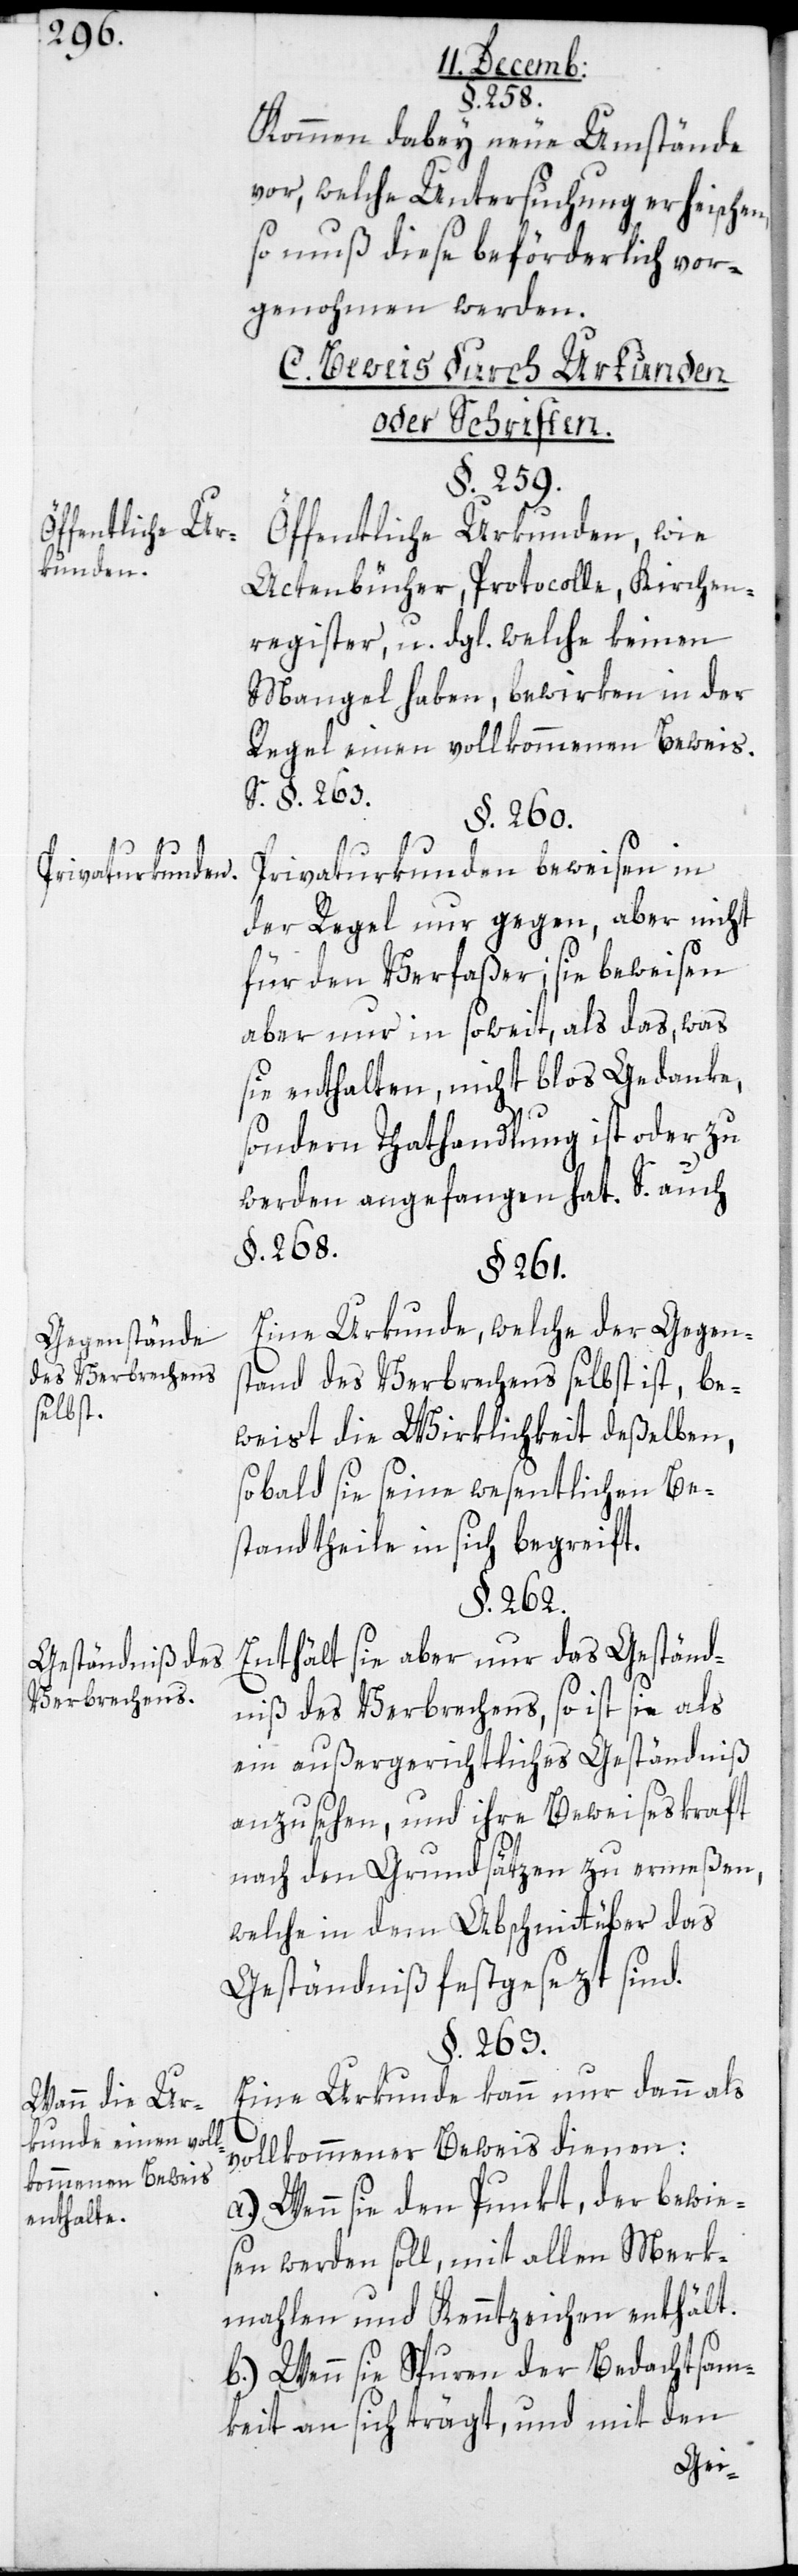
Öffentliche Ur¬
kunden.
Privaturkunden.
Gegenstände
des Verbrechens
selbst.
Geständniße des
Verbrechers.
Wann die Ur¬
kunde einen voll¬
kommenen Beweis
enthalte.

§. 258.
Kommen dabey neue Umstände
vor, welche Untersuchung erheischen,
so muß diese beförderlich vor¬
genohmen werden.
C. Beweis durch Urkunden
oder Schriften.
§. 259.
Öffentliche Urkunden, wie
Actenbücher, Protocolle, Kirchen¬
register u. dgl., welche keinen
Mangel haben, bewirken in der
Regel einen vollkommenen Beweis.
S. §. 263.
§. 260.
Privaturkunden beweisen in
der Regel nur gegen, aber nicht
für den Verfaßer; sie beweisen
aber nur in soweit, als das, was
sie enthalten, nicht bloß Gedanke,
sondern Thathandlung ist oder zu
werden angefangen hat. S. auch
§. 263.
§. 261.
Eine Urkunde, welche der Gegen¬
stand des Verbrechens selbst ist, be¬
weist die Wirklichkeit desselben,
sobald sie seine wesentlichen Be¬
standtheile in sich begreift.
§. 262.
Enthält sie aber nur das Geständ¬
niß des Verbrechens, so ist sie als
ein außergerichtliches Geständniß
anzusehen, und ihre Beweiseskraft
nach den Grundsätzen zu ermeßen,
welche in dem Abschnitt über das
Geständniß festgesezt sind.
Eine Urkunde kann nur dann als
vollkommener Beweis dienen:
a.) Wenn sie den Punkt, der bewie¬
sen werden soll, mit allen Merk¬
malen und Kenntzeichen enthält.
b.) Wenn sie Spuren der Bedachtsam¬
keit an sich trägt, und mit den